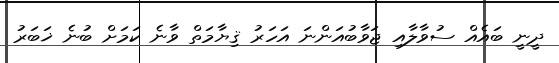
ދީނީ ބައެއް ސުވާލާއި ޖަވާބުއަންނަ އަހަރު ޤިޔާމަތް ވާނެ ކަމަށް ބުނެ ޚަބަރު